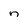
Character: n